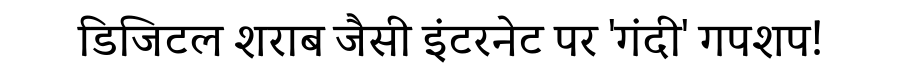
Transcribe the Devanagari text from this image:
डिजिटल शराब जैसी इंटरनेट पर 'गंदी' गपशप!